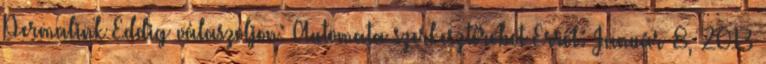
Permalink Eddig válaszoljon: Automata szerkesztőrobot Erről: Január 8, 2013